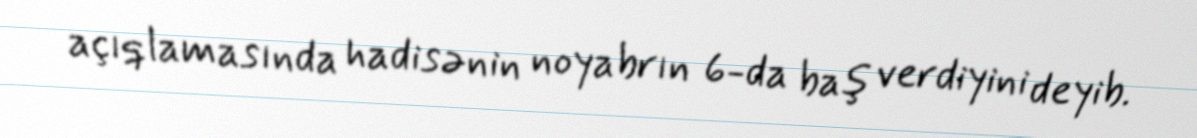
açıqlamasında hadisənin noyabrın 6-da baş verdiyini deyib.